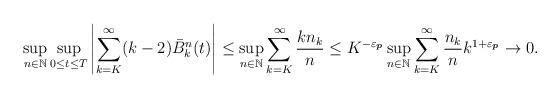
LaTeX: \begin{align*}\sup_{n \in \mathbb{N}} \sup_{0 \le t \le T} \left| \sum_{k=K}^\infty (k-2){\bar{B}}^n_k(t) \right| \le \sup_{n \in \mathbb{N}} \sum_{k=K}^\infty \frac{kn_k}{n} \le K^{-\varepsilon_{\boldsymbol{p}}} \sup_{n \in \mathbb{N}} \sum_{k=K}^\infty \frac{n_k}{n} k^{1+\varepsilon_{\boldsymbol{p}}} \to 0.\end{align*}